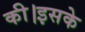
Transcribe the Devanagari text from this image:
की।इसके